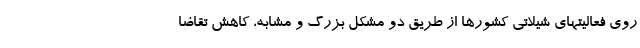
روی فعالیتهای شیلاتی کشورها از طریق دو مشکل بزرگ و مشابه، کاهش تقاضا